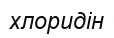
хлоридін